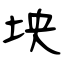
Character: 坱